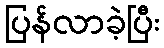
ပြန်လာခဲ့ပြီး